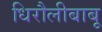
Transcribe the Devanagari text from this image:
धिरौलीबाबू